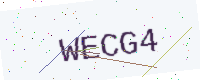
Text: WECG4